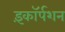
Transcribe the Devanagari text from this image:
इंकॉर्पशन